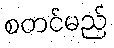
စတင်မည်